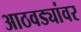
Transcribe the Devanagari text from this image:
आठवड्यांवर